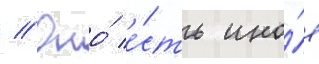
// Оно́ е́сть ино́е